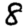
Digit: 8